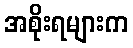
အစိုးရများက